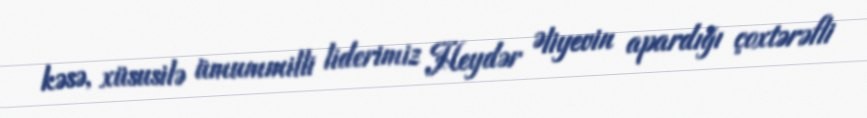
kəsə, xüsusilə ümummilli liderimiz Heydər Əliyevin apardığı çoxtərəfli